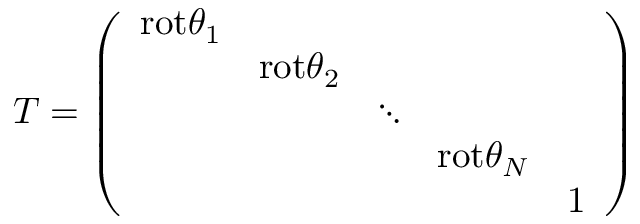
T = \left( \begin{array} { c c c c c } { { \mathrm { r o t } \theta _ { 1 } } } & { { } } & { { } } & { { } } & { { } } \\ { { } } & { { \mathrm { r o t } \theta _ { 2 } } } & { { } } & { { } } & { { } } \\ { { } } & { { } } & { { \ddots } } & { { } } & { { } } \\ { { } } & { { } } & { { } } & { { \mathrm { r o t } \theta _ { N } } } & { { } } \\ { { } } & { { } } & { { } } & { { } } & { { { \large 1 } } } \end{array} \right)